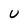
Character: U